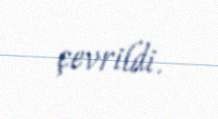
çevrildi.